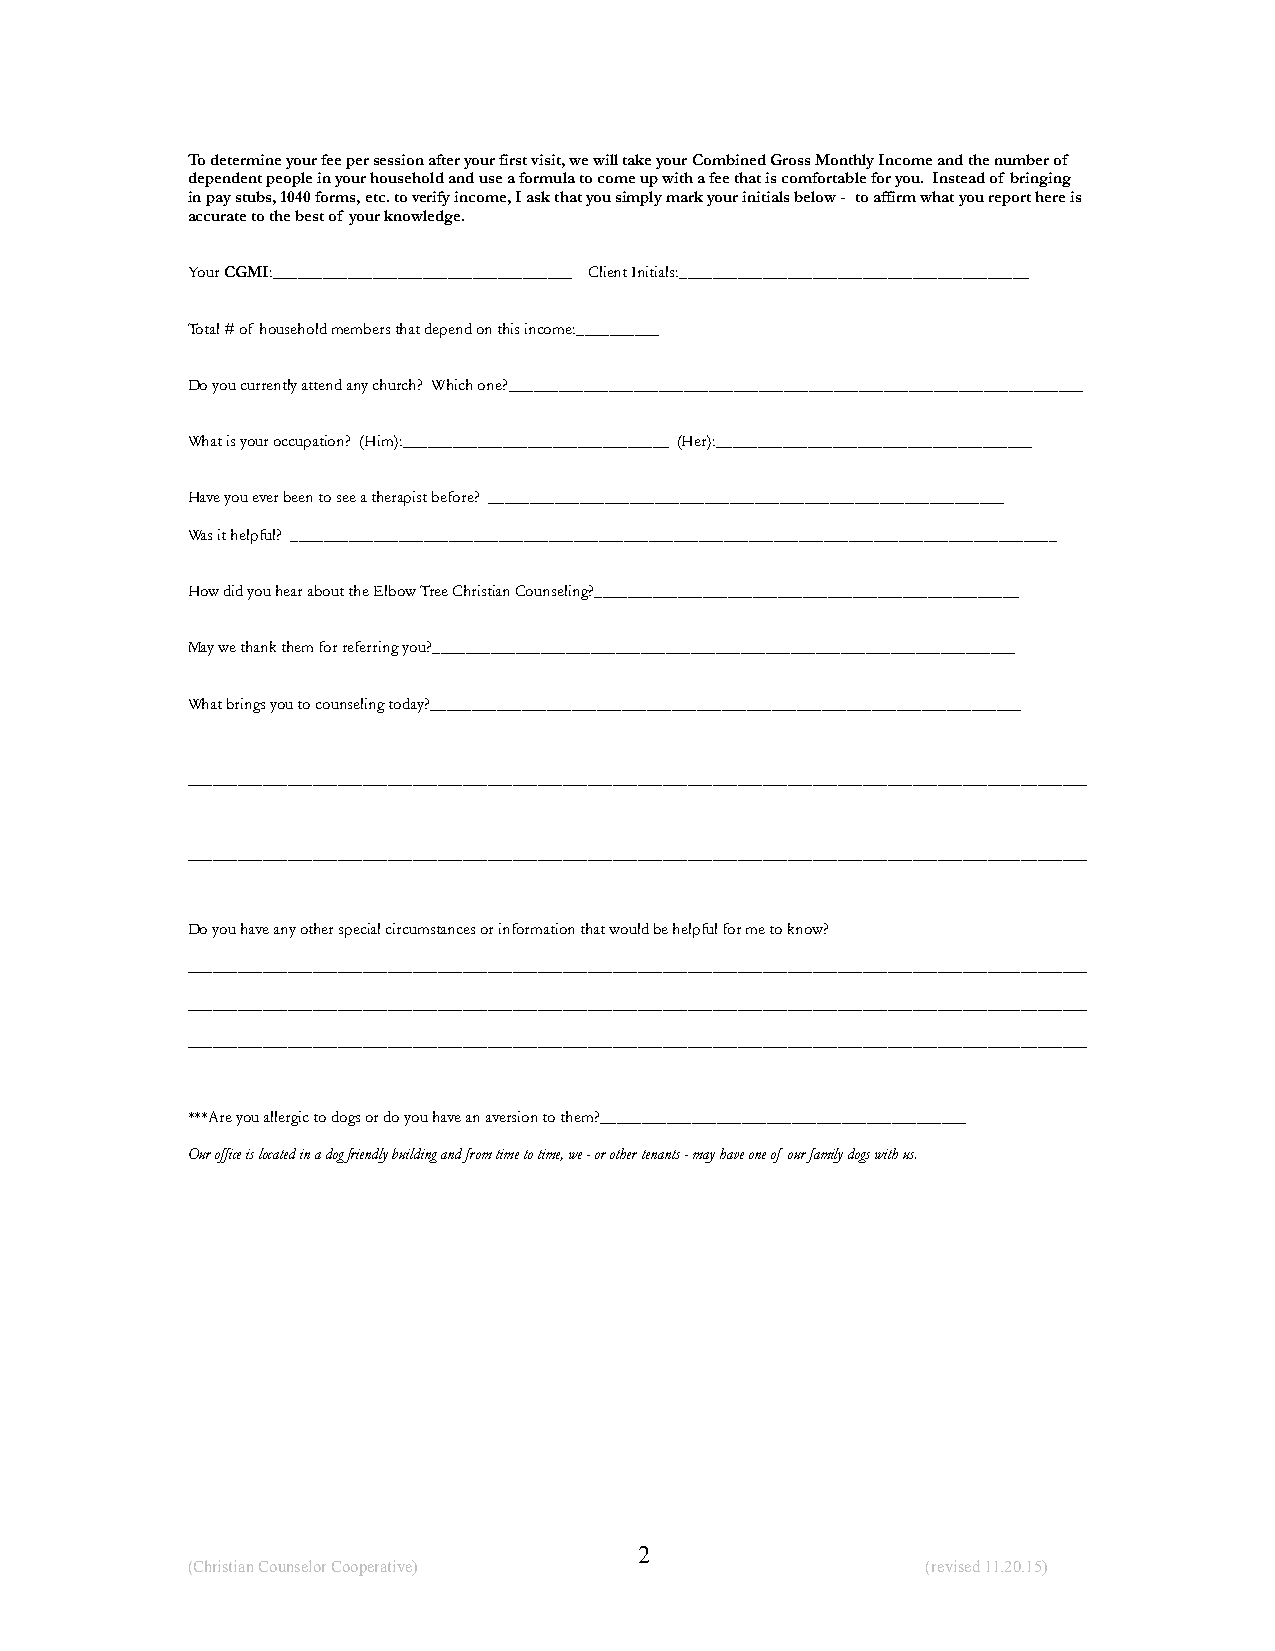
To determine your fee per session after your first visit, we will take your Combined Gross Monthly Income and the number of
 dependent people in your household and use a formula to come up with a fee that is comfortable for you. Instead of bringing
 in pay stubs, 1040 forms, etc. to verify income, I ask that you simply mark your initials below - to affirm what you report here is
 accurate to the best of your knowledge.
 Your CGMI:____________________________________ Client Initials:__________________________________________
 Total # of household members that depend on this income:__________
 Do you currently attend any church? Which one?_____________________________________________________________________
 What is your occupation? (Him):________________________________ (Her):______________________________________
 Have you ever been to see a therapist before? ______________________________________________________________
 Was it helpful? ____________________________________________________________________________________________
 How did you hear about the Elbow Tree Christian Counseling?___________________________________________________
 May we thank them for referring you?______________________________________________________________________
 What brings you to counseling today?_______________________________________________________________________
 ____________________________________________________________________________________________________________
 ____________________________________________________________________________________________________________
 Do you have any other special circumstances or information that would be helpful for me to know?
 ____________________________________________________________________________________________________________
 ____________________________________________________________________________________________________________
 ____________________________________________________________________________________________________________
 ***Are you allergic to dogs or do you have an aversion to them?____________________________________________
 Our office is located in a dog friendly building and from time to time, we - or other tenants - may have one of our family dogs with us.
 !2
 (Christian Counselor Cooperative)                (revised 11.20.15)